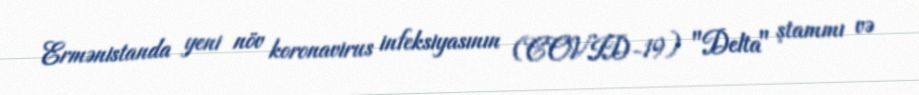
Ermənistanda yeni növ koronavirus infeksiyasının (COVID-19) "Delta" ştammı və